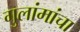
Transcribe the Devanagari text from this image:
गुलांमांचा